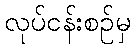
လုပ်ငန်းစဉ်မှ